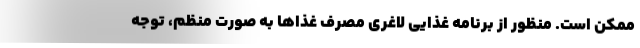
ممکن است. منظور از برنامه غذایی لاغری مصرف غذاها به صورت منظم، توجه